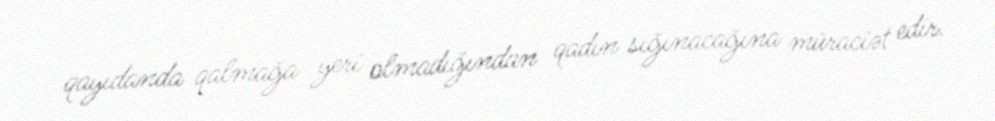
qayıdanda qalmağa yeri olmadığından qadın sığınacağına müraciət edir.